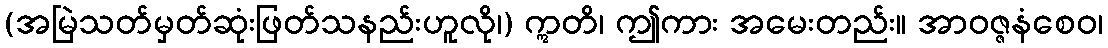
(အမြဲသတ်မှတ်ဆုံးဖြတ်သနည်းဟူလို၊) ဣတိ၊ ဤကား အမေးတည်း။ အာဝဇ္ဇနံစေဝ၊